Indian journal of veterinary science and animal husbandry - Volume 4,
Year: 1934
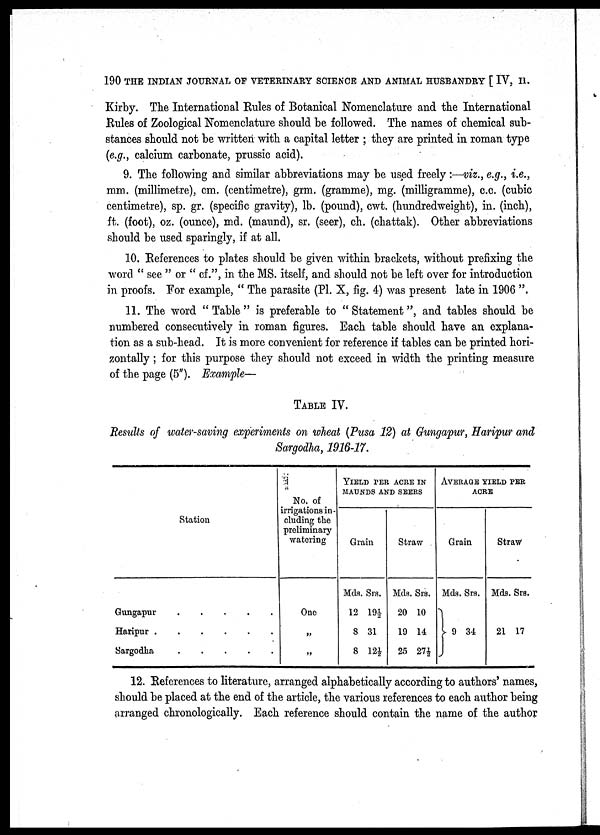
190 THE INDIAN JOURNAL OF VETERINARY SCIENCE AND ANIMAL HUSBANDRY [ IV, II.
Kirby. The International Rules of Botanical Nomenclature and the International
Rules of Zoological Nomenclature should be followed. The names of chemical sub-
stances should not be written with a capital letter ; they are printed in roman type
(e.g., calcium carbonate, prussic acid).
9. The following and similar abbreviations may be used freely:—viz., e.g., i.e.,
mm. (millimetre), cm. (centimetre), grm. (gramme), mg. (milligramme), c.c. (cubic
centimetre), sp. gr. (specific gravity), lb. (pound), cwt. (hundredweight), in. (inch),
ft. (foot), oz. (ounce), md. (maund), sr. (seer), ch. (chattak). Other abbreviations
should be used sparingly, if at all.
10. References to plates should be given within brackets, without prefixing the
word " see " or " of.", in the MS. itself, and should not be left over for introduction
in proofs. For example, " The parasite (Pl. X, fig. 4) was present late in 1906 ".
11. The word " Table " is preferable to " Statement", and tables should be
numbered consecutively in roman figures. Each table should have an explana-
tion as a sub-head. It is more convenient for reference if tables can be printed hori-
zontally ; for this purpose they should not exceed in width the printing measure
of the page (5"). Example—
TABLE IV
Results of water-saving experiments on wheat (Pusa 12) at Gungapur, Haripur and
Sargodha, 1916-17.
Station
Gungapur
Haripur .
Sargodha
.....
No. of
irrigations in-
cluding the
preliminary
watering
One
„
„
YIELD PER ACRE IN
MAUNDS AND SEERS
Grain
Mds. Srs.
12 19½
8 31
8 12½
Straw
Mds. Srs.
20 10
19 14
25 27½
AVERAGE YIELD PER
ACRE
Grain
Mds. Srs.
} 9 34
Straw
Mds. Srs.
21 17
12. References to literature, arranged alphabetically according to authors' names,
should be placed at the end of the article, the various references to each author being
arranged chronologically. Each reference should contain the name of the author